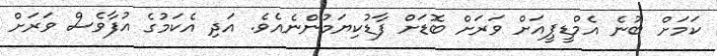
ކަމަށް ބުނެ އެމްޑީޕީއަށް ވަރަށް ބޮޑަށް ފާޑުކިޔަމުންނެއެވެ. އަދި އެކަމުގެ އުފާވެސް ވަރަށް